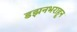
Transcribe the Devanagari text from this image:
डझनभराहून